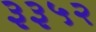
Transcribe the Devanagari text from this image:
३३५२